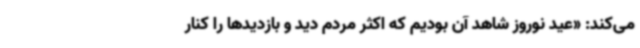
می‌کند: «عید نوروز شاهد آن بودیم که اکثر مردم دید و بازدیدها را کنار